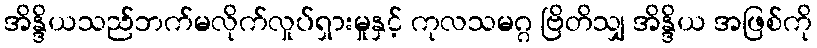
အိန္ဒိယသည်ဘက်မလိုက်လှုပ်ရှားမှုနှင့် ကုလသမဂ္ဂ ဗြိတိသျှ အိန္ဒိယ အဖြစ်ကို